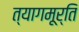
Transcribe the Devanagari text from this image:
त्यागमूर्ति